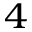
^ 4